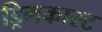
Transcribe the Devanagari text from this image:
ड्रिमकास्ट